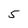
Character: 5